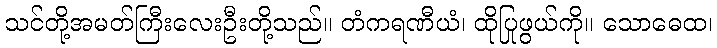
သင်တို့အမတ်ကြီးလေးဦးတို့သည်။ တံကရဏီယံ၊ ထိုပြုဖွယ်ကို။ သောဓေထ၊